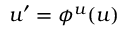
u ^ { \prime } = \phi ^ { u } ( u )